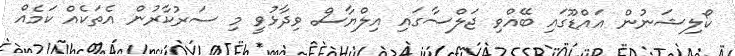
ކޯލިޝަނުން އައްޑޫގައި ބޭއްވި ޖަލްސާގައި އިލްޔާސް ވިދާޅުވީ މި ސަރުކާރުން އެތަކެއް ކަމެއް